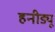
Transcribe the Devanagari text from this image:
हनीड्यू